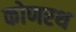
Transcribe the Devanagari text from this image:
कोणरथ